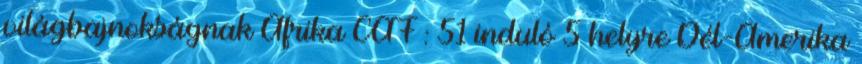
világbajnokságnak Afrika CAF : 51 induló 5 helyre Dél-Amerika